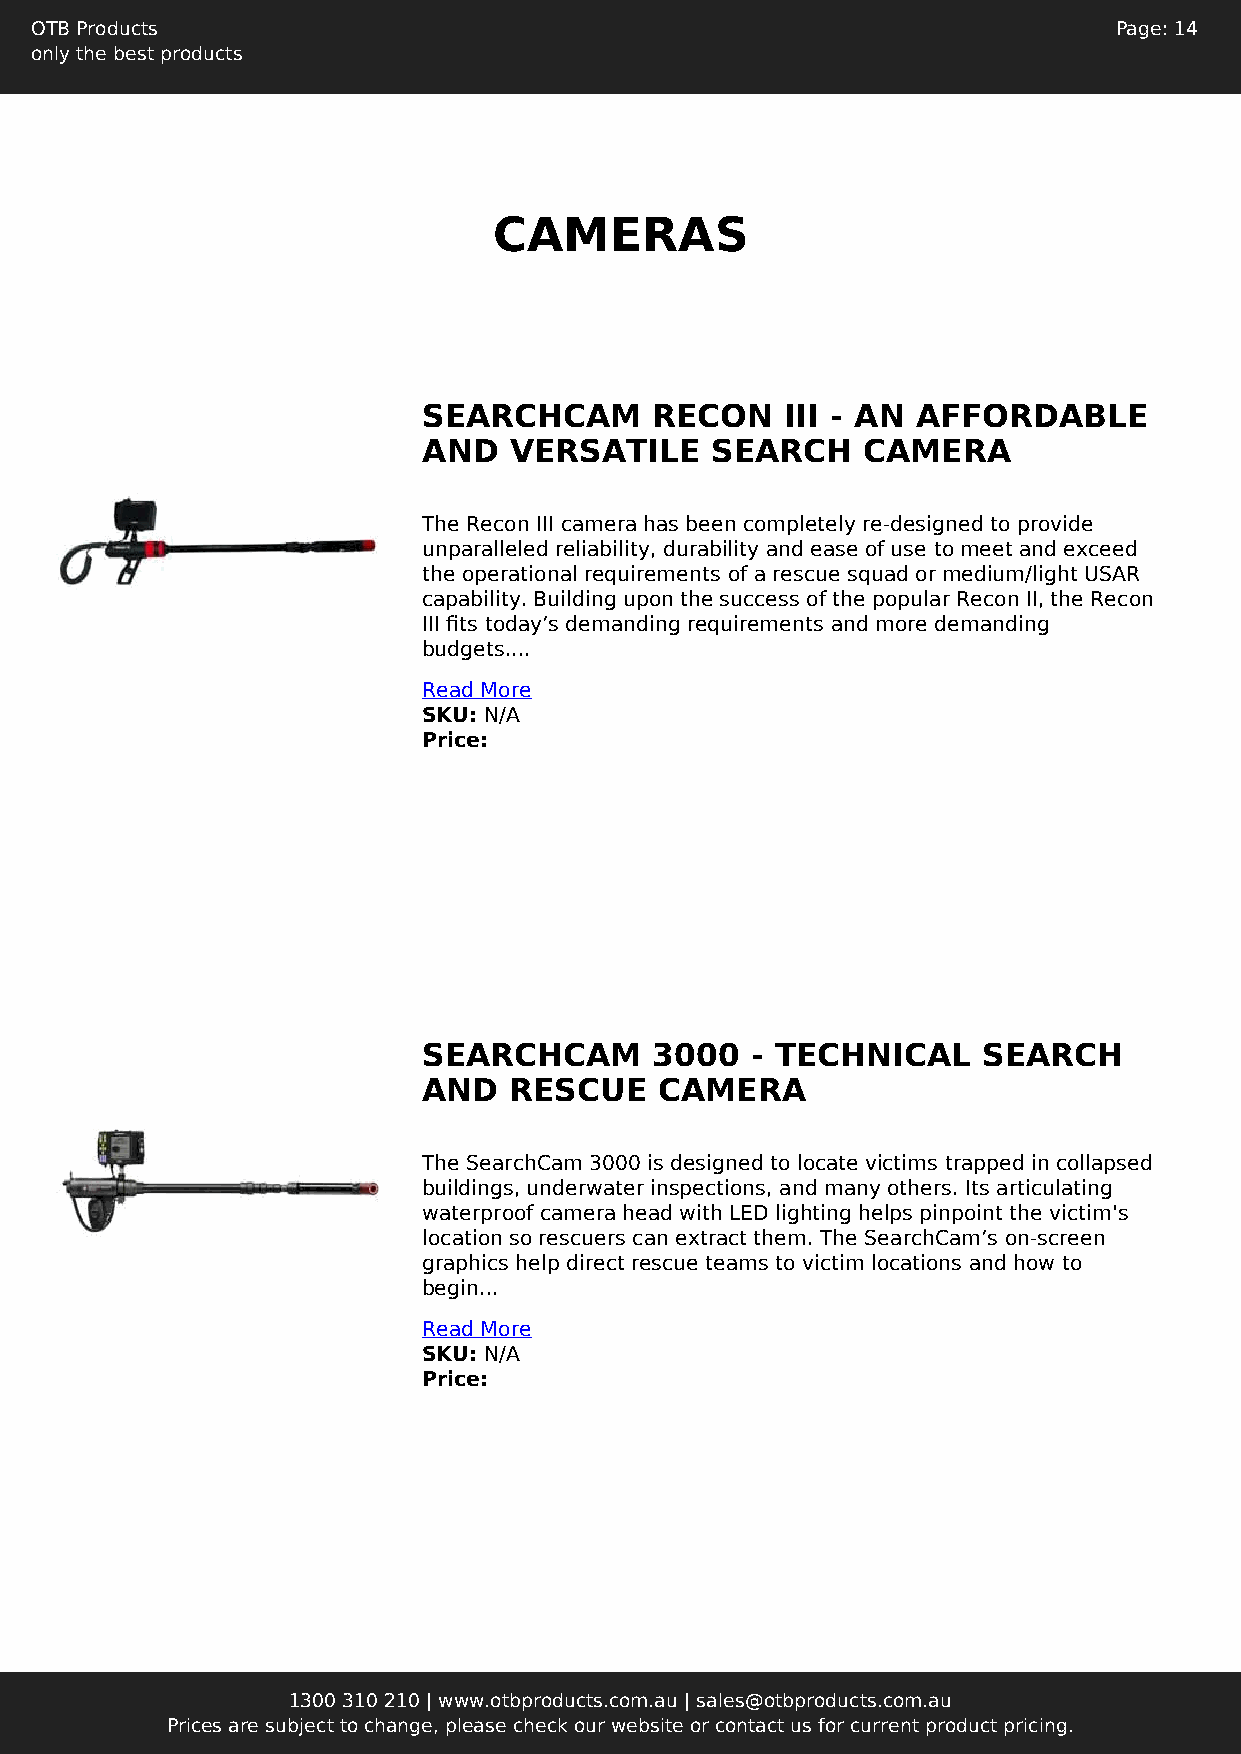
OTB Products                                                            Page: 14
 only the best products
 CAMERAS
 SEARCHCAM      RECON    III - AN AFFORDABLE
 AND   VERSATILE    SEARCH    CAMERA
 The Recon III camera has been completely re-designed to provide
 unparalleled reliability, durability and ease of use to meet and exceed
 the operational requirements of a rescue squad or medium/light USAR
 capability. Building upon the success of the popular Recon II, the Recon
 III fits today’s demanding requirements and more demanding
 budgets....
 Read More
 SKU: N/A
 Price:
 SEARCHCAM      3000   - TECHNICAL    SEARCH
 AND   RESCUE    CAMERA
 The SearchCam 3000 is designed to locate victims trapped in collapsed
 buildings, underwater inspections, and many others. Its articulating
 waterproof camera head with LED lighting helps pinpoint the victim's
 location so rescuers can extract them. The SearchCam’s on-screen
 graphics help direct rescue teams to victim locations and how to
 begin...
 Read More
 SKU: N/A
 Price:
 1300 310 210 | www.otbproducts.com.au | sales@otbproducts.com.au
 Prices are subject to change, please check our website or contact us for current product pricing.